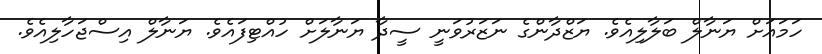
ހަމައަށް ޔަނާލް ބަލާލިއެވެ. ޔަޒްދާންގެ ނަޒަރުވަނީ ސީދާ ޔަނާލަށް ހުއްޓިފައެވެ. ޔަނާލް އިސްޖަހާލިއެވެ.